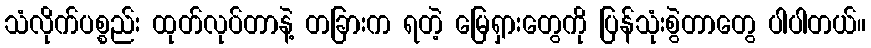
သံလိုက်ပစ္စည်း ထုတ်လုပ်တာနဲ့ တခြားက ရတဲ့ မြေရှားတွေကို ပြန်သုံးစွဲတာတွေ ပါပါတယ်။